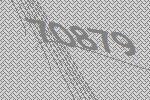
70879